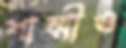
শাম্মীও